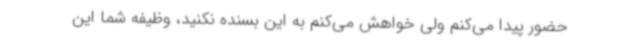
حضور پیدا می‌کنم ولی خواهش می‌کنم به این بسنده نکنید، وظیفه شما این